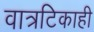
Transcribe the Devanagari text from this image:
वात्रटिकाही